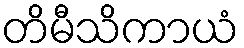
တိမီသိကာယံ